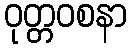
ဝုတ္တဝစနာ